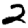
Digit: 2